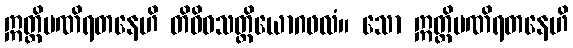
ဣတ္ထိမဏိရတနေဟိ တိဝိဓသတ္တိယောဂဖလံ။ သော ဣတ္ထိမဏိရတနေဟိ